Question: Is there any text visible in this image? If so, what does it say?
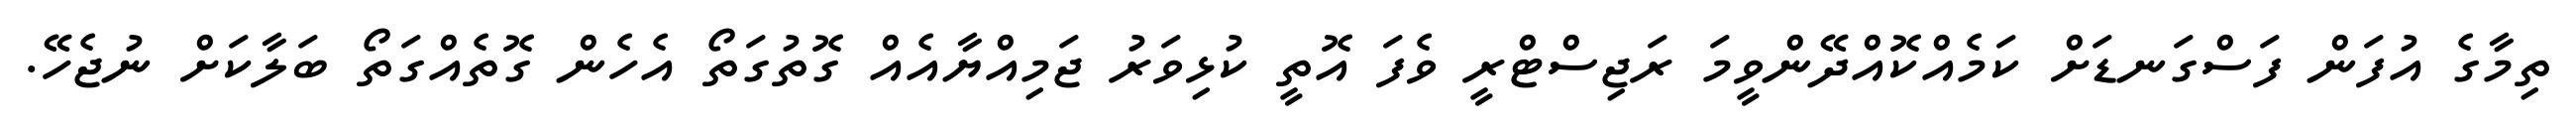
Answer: ތިމާގެ އުފަން ފަސްގަނޑަށް ކަމެއްކޮއްދޭންވީމަ ރަޖިސްޓްރީ ވެފަ އޮތީ ކުޅިވަރު ޖަމިއްޔާއެއް ގޮތުގަތޯ އެހެން ގޮތެއްގަތޯ ބަލާކަށް ނުޖެހޭ.